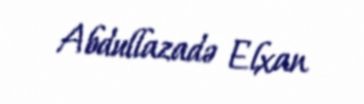
Abdullazadə Elxan